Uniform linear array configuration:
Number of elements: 12
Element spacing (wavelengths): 0.75
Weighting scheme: hamming
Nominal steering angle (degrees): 15
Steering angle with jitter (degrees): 14.59
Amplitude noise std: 0.05
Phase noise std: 0.05

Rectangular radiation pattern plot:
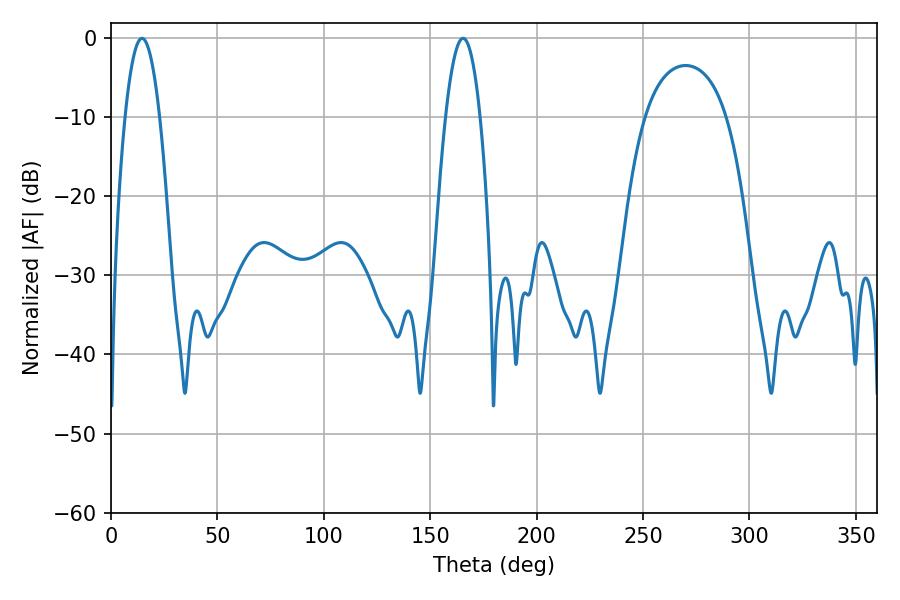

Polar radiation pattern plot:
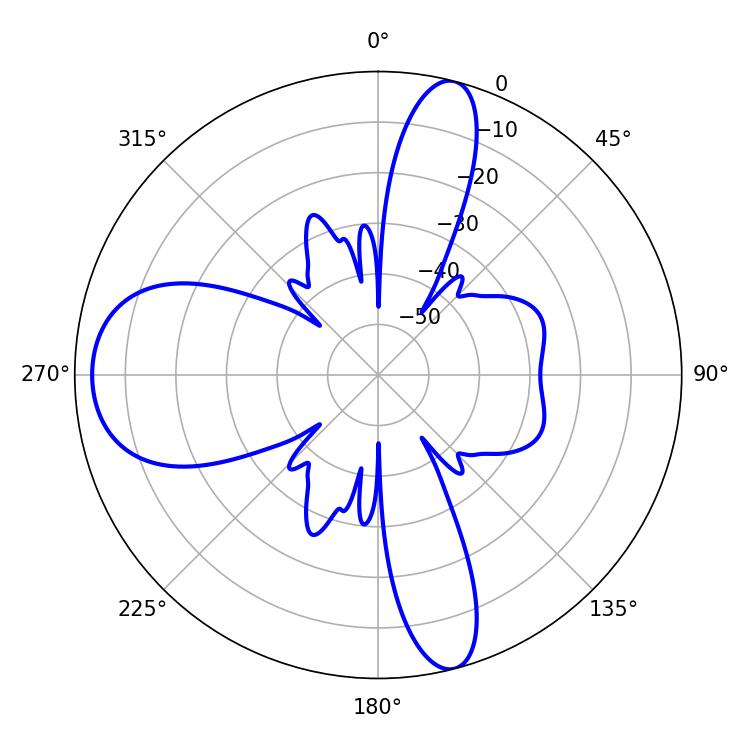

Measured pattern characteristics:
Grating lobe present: TRUE
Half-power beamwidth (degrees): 9
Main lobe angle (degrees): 14.58